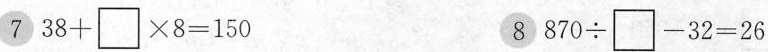
7 $$3 8 + {\Box } \times 8 = 1 5 0$$ 8 $$8 7 0 {\div} - 3 2 = 2 6$$